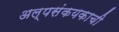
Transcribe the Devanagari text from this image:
अल्पसंकयकाची